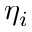
\eta _ { i }